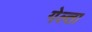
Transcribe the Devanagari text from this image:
गेल्ता